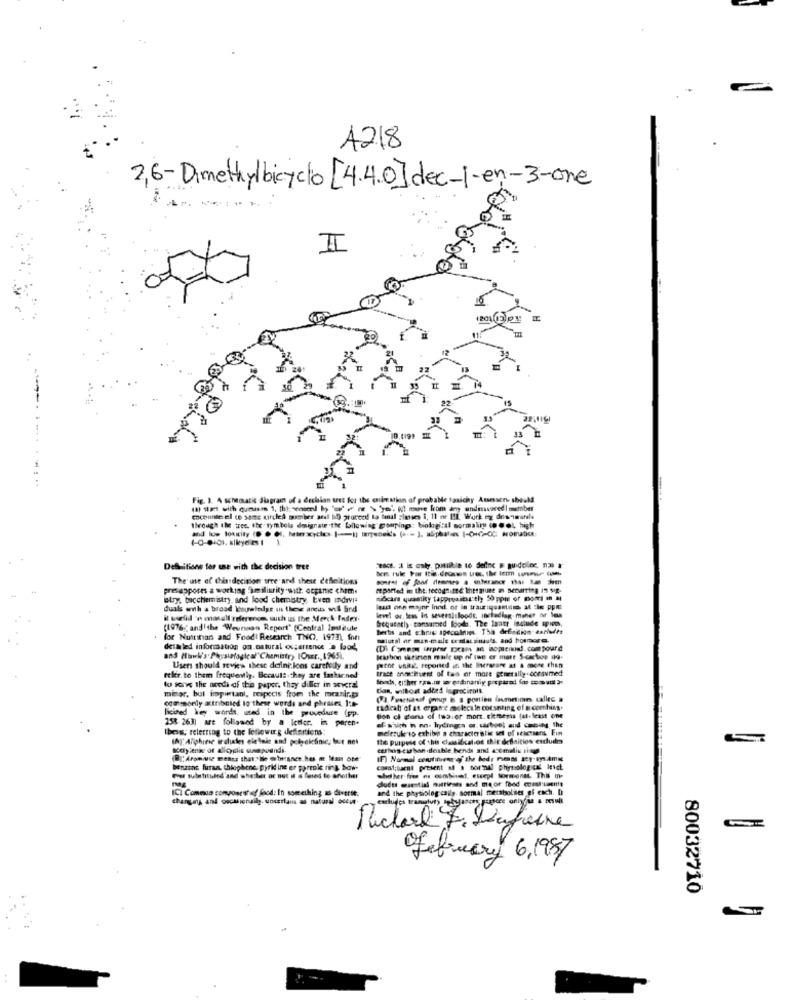
A218
2,6-Dimethylbicyclo [4.4.0] dec-i-en-3-one
II
Fig. 1. 4 schematic Siagram of a dechian tres for the estimation of probable tanichy Ansessen should
(8) 1lø with cumasms 1. thiswased by " / >ye- ( more from an undisscared! member
cocointe el to sanc circles member and id) proceed to banal classes i, 11 or IL Work og desamarele
through the tree. the symbols designate .the bilewing grouping: biological normality (.ol, high
Dessitions for use with the decision tree
The use of thisdecision tree and these defeitions
presupposes a working 3miliarity-with organic cheme
reported in the recognize theroute an secarting in Sig.
etry, bicchemistry and food chemistry, Even indavis
nibcars quantity tapproaithastly 50 ppm of mom mn
duals with a broad lesuelodge in these areas will find
lesis one mayhr Innd, of in taux :santamm, at tle ppm
level os, less In several loods, including meher ar las
frequently - consumed food. The lontr inciude spion,
(1976 ( and'the Weunison Report" (Central Imitule
for Nutrition and Food Research TNO, 19731, fon
malutsi ar man-male tenaisnuts and horrors.
detailed information on natural os;artence a food,
(Di Conos sarpror porat an isoplenos. compourd
and Hawk's Physiological"Chemistry IOsEr ., 1965L
Icarbon setirion male op of twe er mart 5-catene do-
pent ville, reported as the Ihermene as & more than
Users should review these defini.loos carefully and
trace anunchuret of tas of more generally .consumed
reler. to them frequently. Because they are farkicned
loods, either ras.im perdinanig porparad foo con udt 3e
to sons the aredi of this paper, they diller in several
migr, but important, respecis from the meanir.p
tion, withost added logrecirolt.
commonly atributed to these words and phrases 1:#-
(4. Practiauif group E a postien fametimes callec a
Bicired key words, used in the procedure (pp.
radical)' of st erpane molecain corsnsing of a comhing.
158-263) are followed by a leder. in peren.
Don cl alors of two.er mors. clemens (at least one
Ibeis, referring to the leftowurg definitions:
melezuk io exhibi a character atis set of sesevens Ein
of which in no. hydingos or. cactoel and coming the
IN"" Aliphire irchutes ele lnie and potekfinic, bour nes
the purpose of this classification thit defsitios exdudes
Bodyienie of alicylis usepuandi.
certos cuban deable hends and acemalis ingo
IF) Normal contitueen of the body Penss acy-sys.Ame
benzine furaa. thisphone, pyrid ine er pareole ning Saw-
covat;barat present af s sormal physiological levet
ou substituted'and whether or not il & flared to another
cutts martial muttieans and mor fhod comsuasitte
whether free ns combined, escepl Sormonet This ine
ICI Commun compontshuf food: In something as diverse.
and the physiologically sormal mersbolnes of esch. D
changing and oocasionailg. uocetlans as natural occur.
February 6,1987
80032710